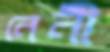
নেনী